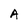
Character: A